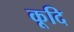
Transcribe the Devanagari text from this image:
कूदि